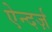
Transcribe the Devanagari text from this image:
ऐन्दर्ज़